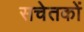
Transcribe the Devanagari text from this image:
सचेतकों